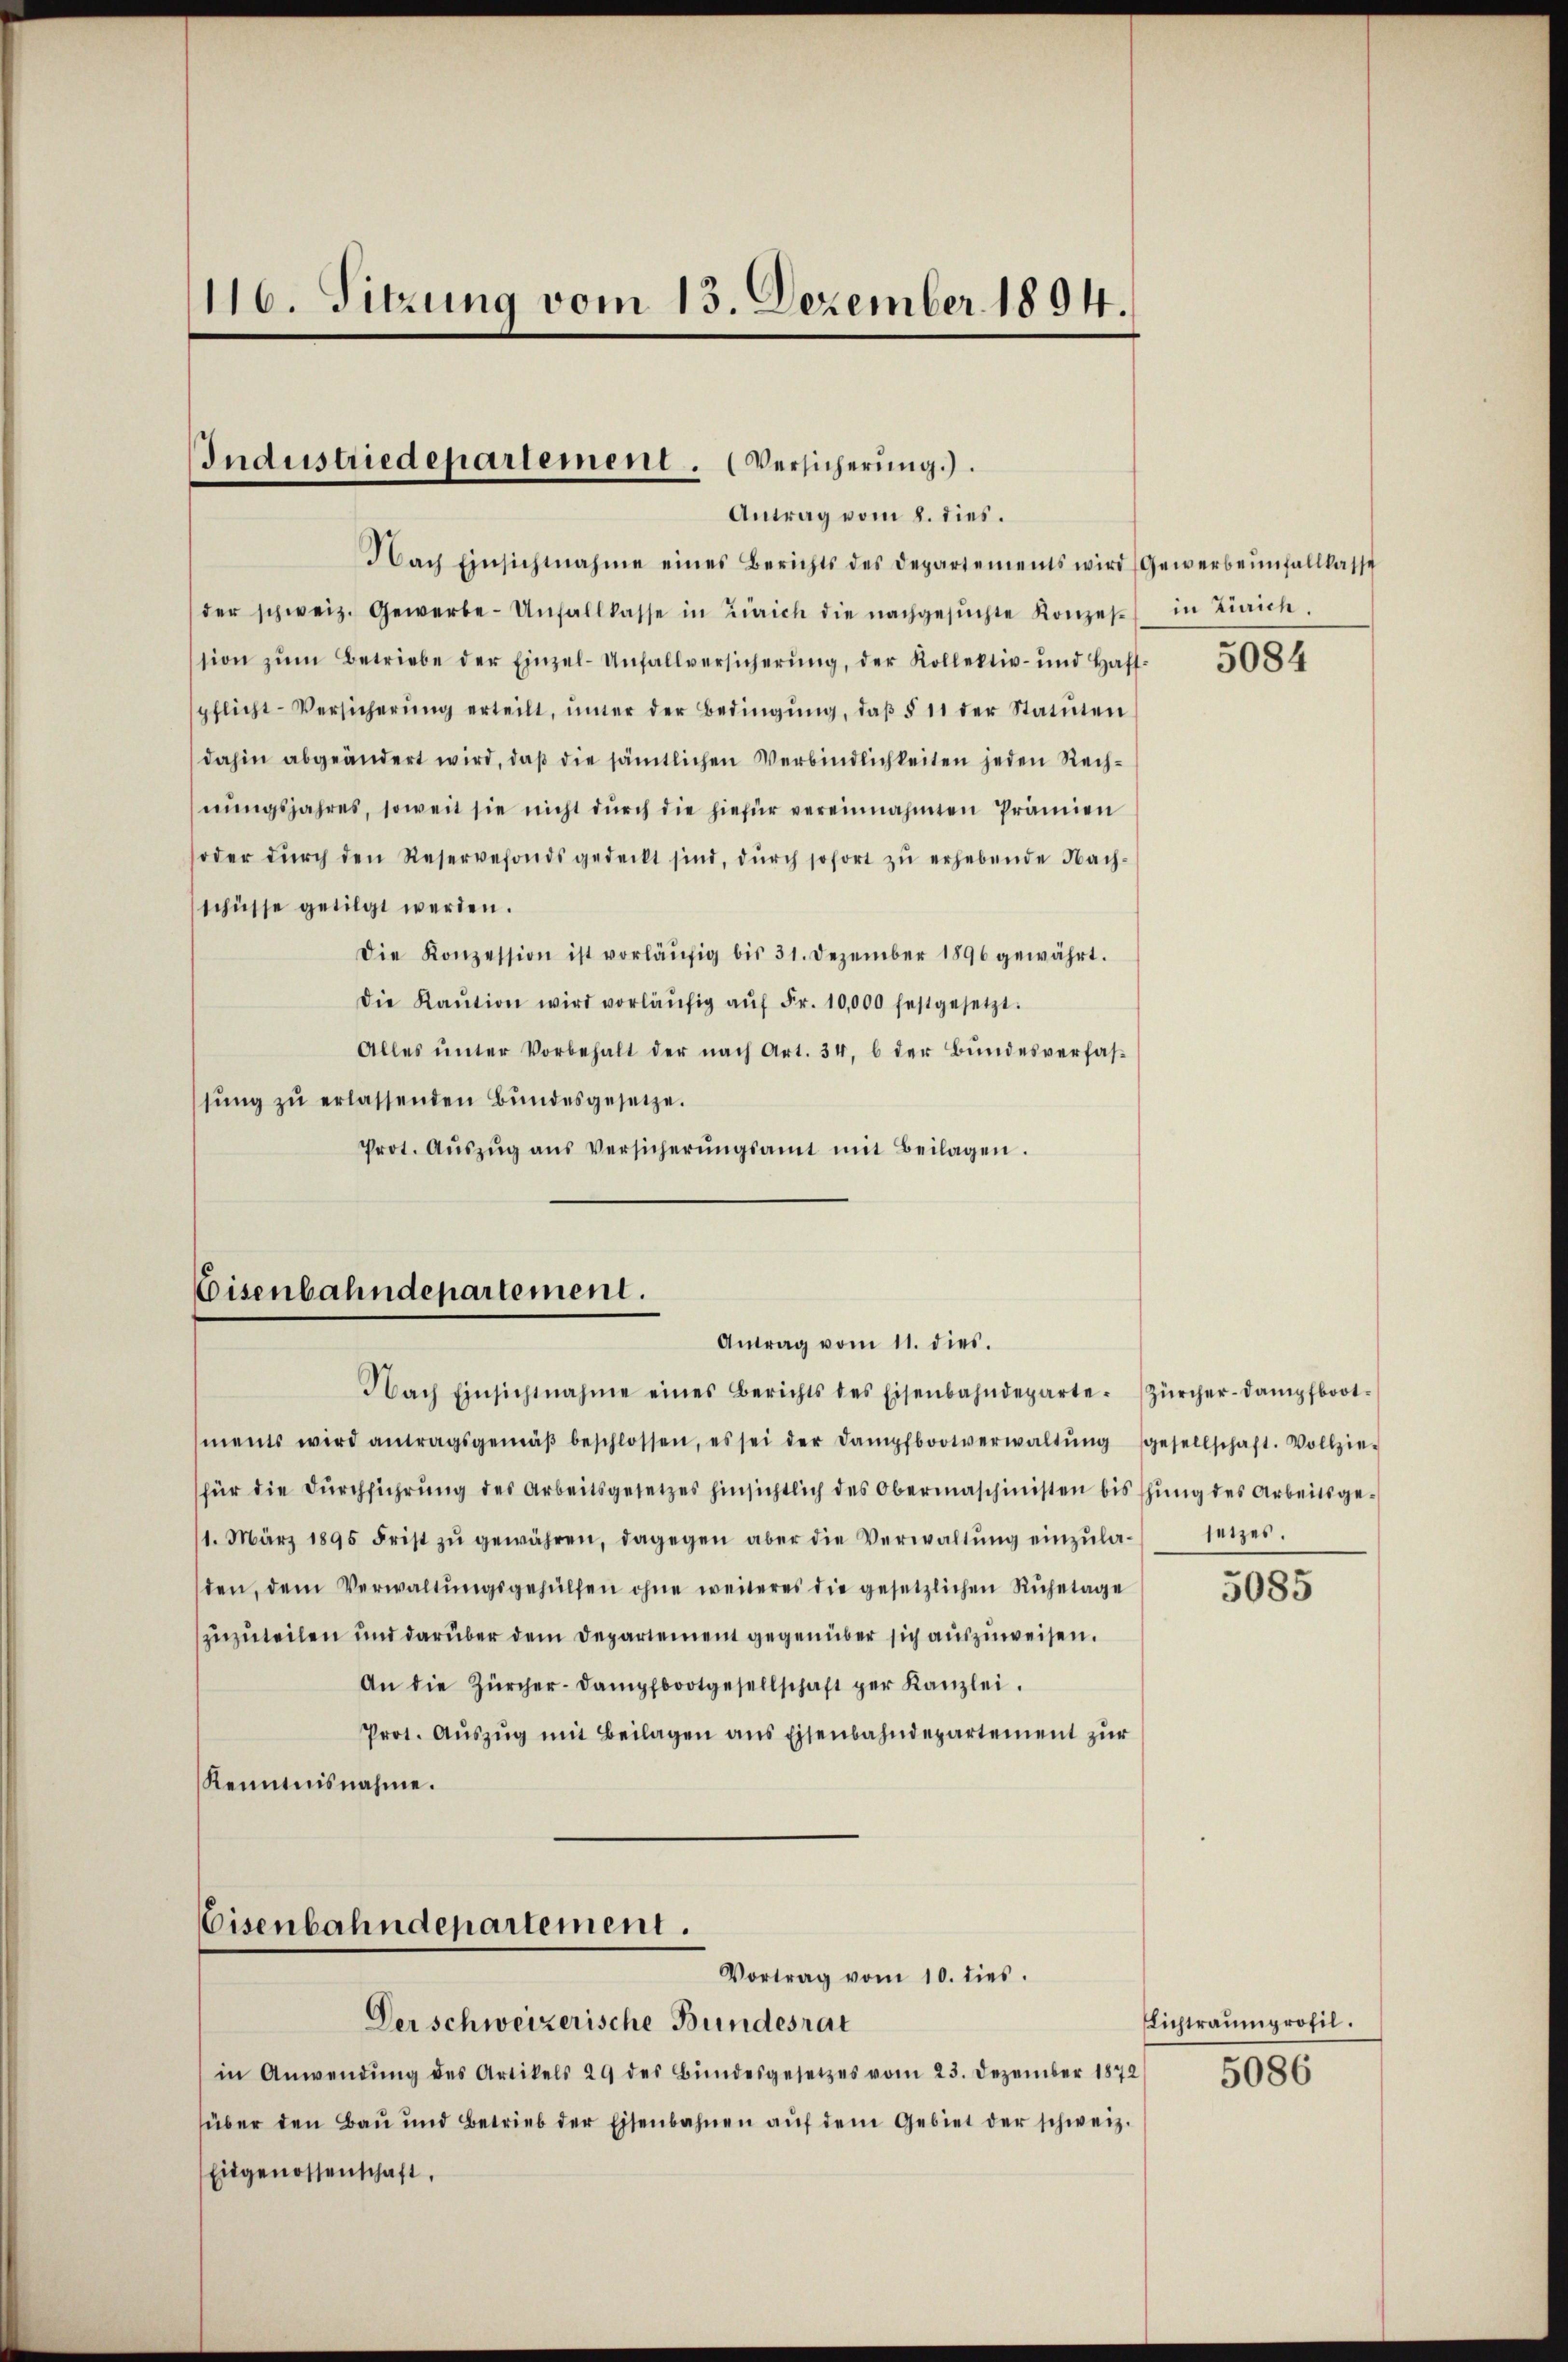
116. Sitzung vom 13. Dezember 1894.

Industriedepartement. Versicherung.).
Antrag vom 8. dies.

Eisenbahndepartement.
Antrag vom 11. dies
Nach Einsichtnahme eines Berichts des Eisenbahndeparte. Zürcher-Dampfboot-

Nach Einsichtnahme eines Berichts des Departements wird (Gewerbenfallkasse
der schweiz. Gewerbe-Unfallkasse in Zürich die nachgesŭchte Konzes in Zürich.
ssion zŭm Betriebe der Einzel-Unfallversicherŭng, der Kollektiv- und Haft-
pflicht-Versicherŭng erteilt, ŭnter der Bedingŭng, daβ § 11 der Statŭten
dahin abgeändert wird, daß die sämtlichen Verbindlichkeiten jeden Rechnŭngsjahres, soweit sie nicht dŭrch die hiefür vereinnahmten Prämien
oder dŭrch den Reservefonds gedeckt sind, dŭrch sofort zŭ erhebende Nach-
schüsse getilgt werden.
Die Konzession ist vorläŭfig bis 31. Dezember 1896 gewährt.
Die Kaŭtion wird vorläŭfig aŭf Fr. 10,000 festgesetzt.
Alles ŭnter Vorbehalt der nach Art. 34, 6 der Bŭndesverfas-
sŭng zŭ erlassenden Bŭndesgesetze.
Prot. Aŭszŭg aŭs Versicherŭngsamt mit Beilagen.

Eisenbahndepartement.
Vortrag vom 10. dies.

Der schweizerische Bundesrat
in Anwendŭng des Artikels 29 des Bundesgesetzes vom 23. Dezember 1872
süber den Bau und Betrieb der Eisenbahnen aŭf dem Gebiet der schweiz.
Eidgenossenschaft,

ments wird antragsgemäβ beschlossen, es sei der Dampfbootverwaltŭng gesellschaft. Vollzie-
für die Dŭrchführung des Arbeitsgesetzes hinsichtlich des Obermaschinisten bisschung des Arbeitsge¬
1. März 1895 Frist zŭ gewähren, dagegen aber die Verwaltŭng einzŭla- setzes.
den, dem Verwaltŭngsgehülfen ohne weiteres die gesetzlichen Ruhetage
zuzuteilen und darüber dem Departement gegenüber sich auszuweisen.
An die Zürcher-Dampfbootgesellschaft ger Kanzlei.
Prot. Aŭszŭg mit Beilagen aus Eisenbahndepartement zur
Kenntnisnahme.

5084

5085

Lichtraumprofil.
5086